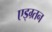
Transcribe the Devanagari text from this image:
एड्ग्र्तन